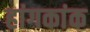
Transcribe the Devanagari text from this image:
हांगकांक